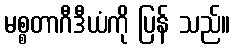
မစ္စတာဂီဒီယံကို ပြန် သည်။